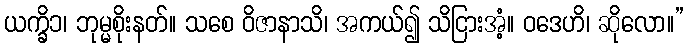
ယက္ခိ၁၊ ဘုမ္မစိုးနတ်။ သစေ ဝိဇာနာသိ၊ အကယ်၍ သိငြားအံ့။ ဝဒေဟိ၊ ဆိုလော။”